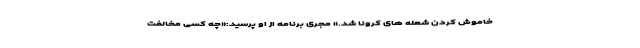
خاموش کردن شعله های کرونا شد.» مجری برنامه از او پرسید:«چه کسی مخالفت